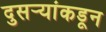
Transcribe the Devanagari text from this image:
दुसर्‍यांकडून